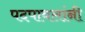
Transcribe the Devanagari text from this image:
पदपावलांनी